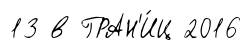
13 в ГРАН'И́Ц 2016